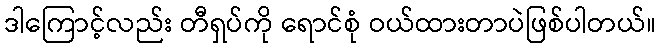
ဒါကြောင့်လည်း တီရှပ်ကို ရောင်စုံ ဝယ်ထားတာပဲဖြစ်ပါတယ်။